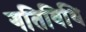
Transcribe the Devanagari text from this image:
गतिविधि